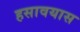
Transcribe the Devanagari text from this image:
हसावयास